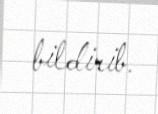
bildirib.